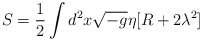
\begin{align*}S=\frac12 \int d^{2}x \sqrt{-g}\eta[R+2\lambda^{2}]\end{align*}